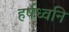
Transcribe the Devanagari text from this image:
हर्षध्वनि